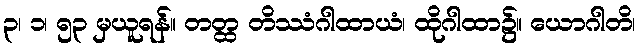
၃၊ ၁၊ ၅၃ မှယူရန်။ တတ္ထ တိဿံဂါထာယံ၊ ထိုဂါထာ၌။ ယောဂါတိ၊